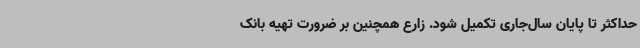
حداکثر تا پایان سال‌جاری تکمیل شود. زارع همچنین بر ضرورت تهیه بانک